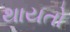
થાયતો